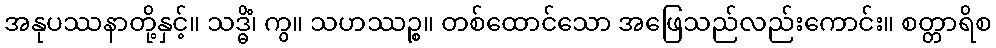
အနုပဿနာတို့နှင့်။ သဒ္ဓိံ၊ ကွ။ သဟဿဉ္စ။ တစ်ထောင်သော အဖြေသည်လည်းကောင်း။ စတ္တာရိစ